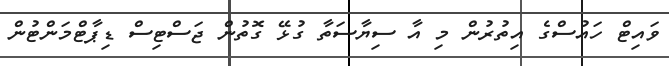
ވައިޓް ހައުސްގެ އިތުރުން މި އާ ސިޔާސަތާ ގުޅޭ ގޮތުން ޖަސްޓިސް ޑިޕާޓްމަންޓުން